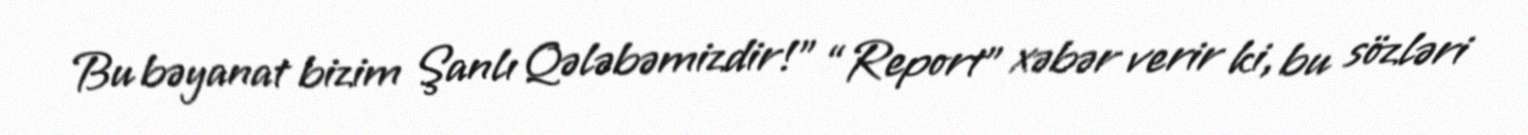
Bu bəyanat bizim Şanlı Qələbəmizdir!” “Report” xəbər verir ki, bu sözləri